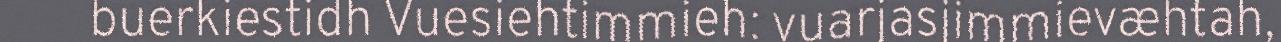
buerkiestidh Vuesiehtimmieh: vuarjasjimmievæhtah,